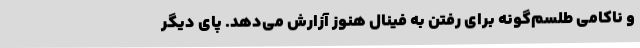
و ناکامی طلسم‌گونه برای رفتن به فینال هنوز آزارش می‌دهد. پای دیگر